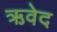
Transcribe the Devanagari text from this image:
ऋवेद